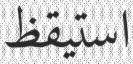
استيقظ